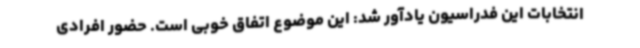
انتخابات این فدراسیون یادآور شد: این موضوع اتفاق خوبی است. حضور افرادی